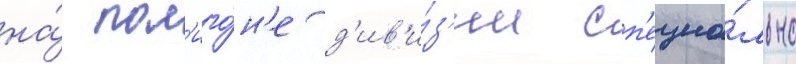
на́ пол'иго́н'е д'ив'и́з'ии сп'ециа́льно